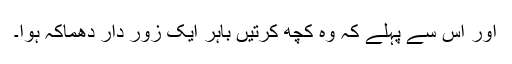
اور اس سے پہلے کہ وہ کچھ کرتیں باہر ایک زور دار دھماکہ ہوا۔